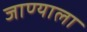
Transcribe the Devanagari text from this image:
जाण्याला